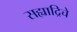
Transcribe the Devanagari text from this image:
सह्याद्रिचे